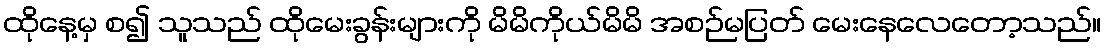
ထိုနေ့မှ စ၍ သူသည် ထိုမေးခွန်းများကို မိမိကိုယ်မိမိ အစဉ်မပြတ် မေးနေလေတော့သည်။